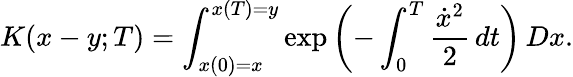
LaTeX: K(x-y;T)=\int_{x(0)=x}^{x(T)=y}\exp\left(-\int_{0}^{T}{\frac{{\dot{x}}^{2}}{2}}\, dt\right)\, Dx.